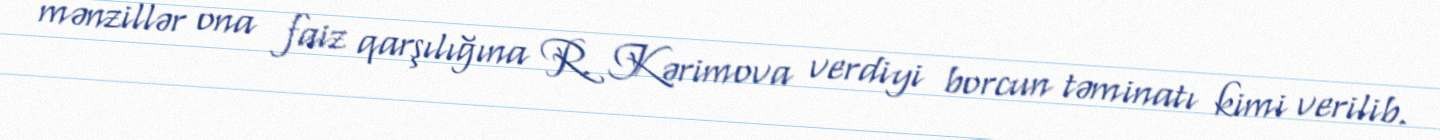
mənzillər ona faiz qarşılığına R. Kərimova verdiyi borcun təminatı kimi verilib.